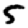
Digit: 5